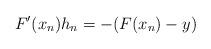
LaTeX: \begin{align*} F'(x_n) h_n = -(F(x_n)-y)\end{align*}